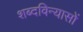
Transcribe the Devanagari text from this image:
शब्दविन्यासों